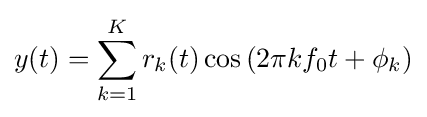
y(t)=\sum _{k=1}^{K}r_{k}(t)\cos \left(2\pi kf_{0}t+\phi _{k}\right)